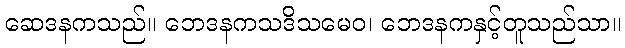
ဆေဒနကသည်။ ဘေဒနကသဒိသမေဝ၊ ဘေဒနကနှင့်တူသည်သာ။